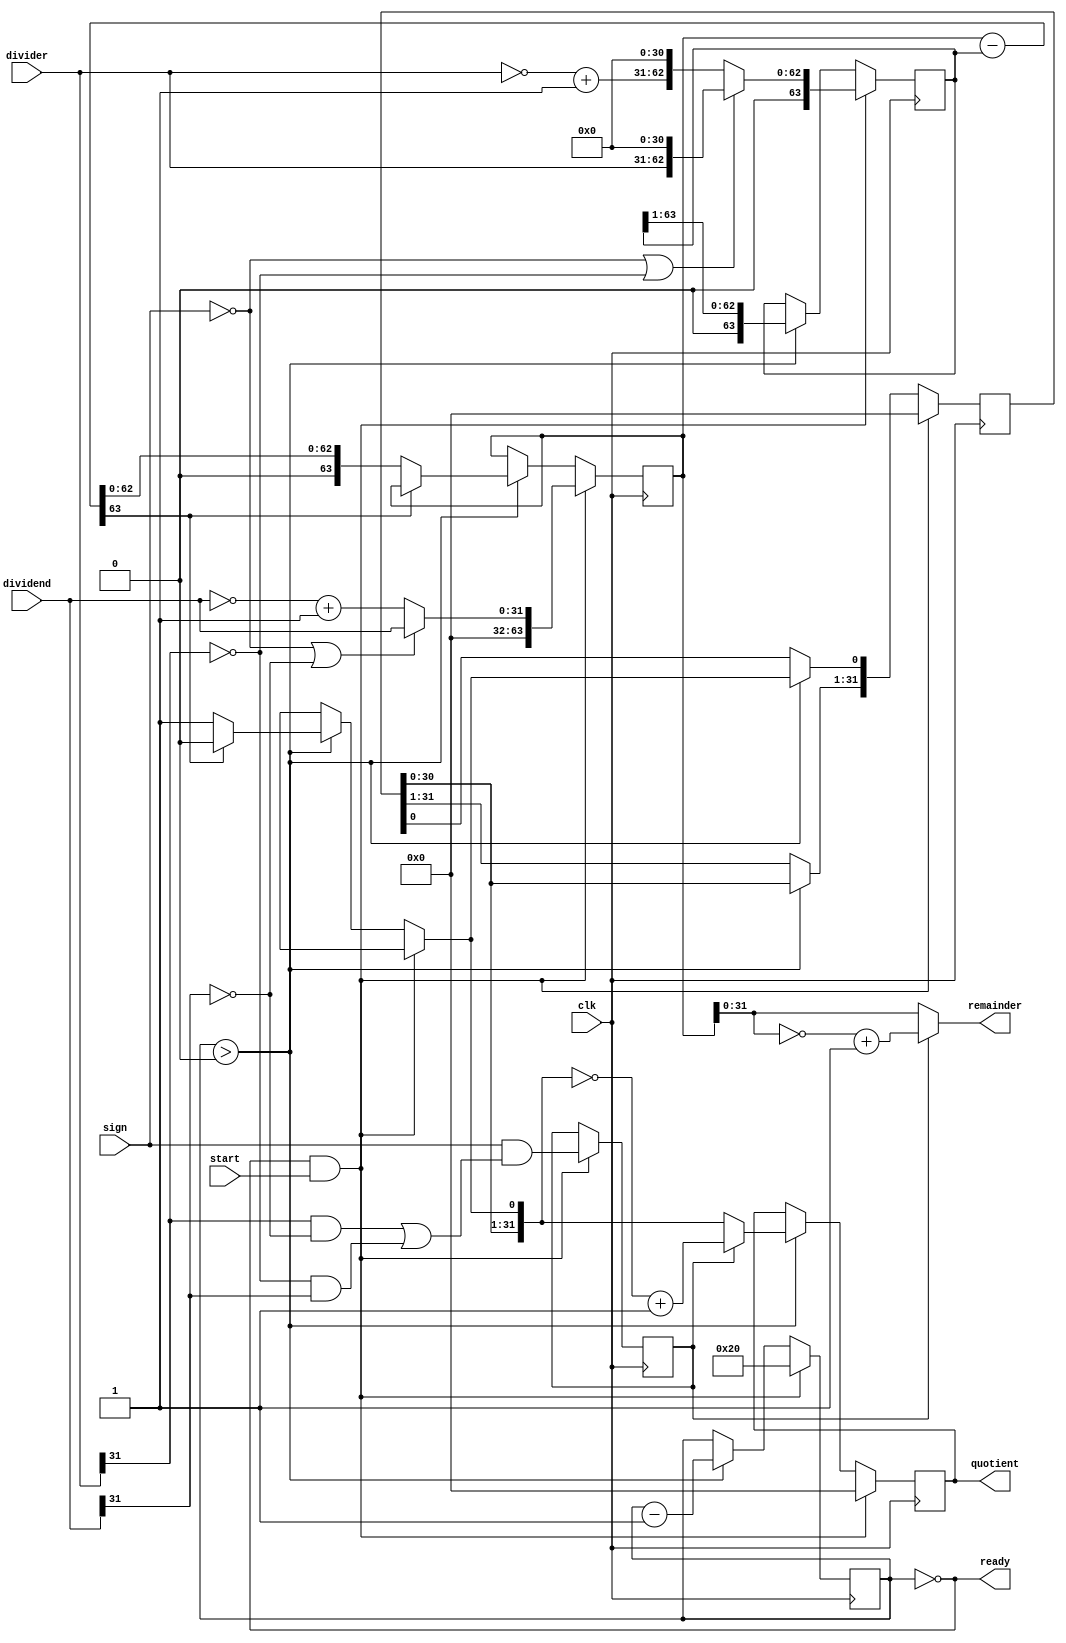
// Unsigned/Signed division based on Patterson and Hennessy's
// algorithm.
// Copyrighted 2002 by studboy-ga / Google Answers.  All rights
// reserved.
// Description: Calculates quotient.  The "sign" input determines
// whether
//              signs (two's complement) should be taken into
//consideration.

module divide(ready,quotient,remainder,dividend,divider,sign,clk,start);

   input         start;
   input         clk;
   input         sign;
   input [31:0]  dividend, divider;
   output [31:0] quotient, remainder;
   output        ready;

   reg [31:0]    quotient, quotient_temp;
   reg [63:0]    dividend_copy, divider_copy, diff;
   reg           negative_output;
   
   wire [31:0]   remainder = (!negative_output) ? 
                             dividend_copy[31:0] : 
                             ~dividend_copy[31:0] + 1'b1;

   reg [5:0]     bit; 
   wire          ready = !bit;

   initial bit = 0;
   initial negative_output = 0;

   always @( posedge clk ) 

     if( ready  && start) begin

        bit = 6'd32;
        quotient = 0;
        quotient_temp = 0;
        dividend_copy = (!sign || !dividend[31]) ? 
                        {32'd0,dividend} : 
                        {32'd0,~dividend + 1'b1};
        divider_copy = (!sign || !divider[31]) ? 
                       {1'b0,divider,31'd0} : 
                       {1'b0,~divider + 1'b1,31'd0};

        negative_output = sign &&
                          ((divider[31] && !dividend[31]) 
                        ||(!divider[31] && dividend[31]));
        
     end 
     else if ( bit > 0 ) begin

        diff = dividend_copy - divider_copy;

        quotient_temp = quotient_temp << 1;

        if( !diff[63] ) begin

           dividend_copy = diff;
           quotient_temp[0] = 1'd1;

        end

        quotient = (!negative_output) ? 
                   quotient_temp : 
                   ~quotient_temp + 1'b1;

        divider_copy = divider_copy >> 1;
        bit = bit - 1'b1;

     end
endmodule